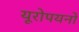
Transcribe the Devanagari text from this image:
यूरोपयनों